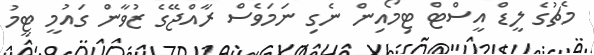
މެޗުގެ ލީޑް އީސްޓް ޓިމޯއިން ނެގި ނަމަވެސް ރާއްޖޭގެ ޒުވާން ގައުމީ ޓީމު